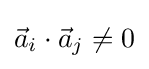
{\vec {a}}_{i}\cdot {\vec {a}}_{j}\neq 0